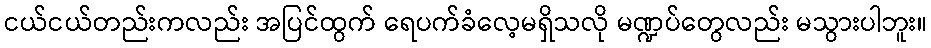
ငယ်ငယ်တည်းကလည်း အပြင်ထွက် ရေပက်ခံလေ့မရှိသလို မဏ္ဍပ်တွေလည်း မသွားပါဘူး။